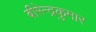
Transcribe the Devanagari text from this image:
बीरेन्द्रकुमार